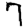
Digit: 7